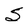
Character: S